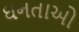
ઘનતાઓ